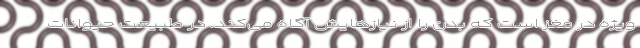
ویژه در مغز است که بدن را از نیازهایش آگاه می‌کند. در طبیعت حیوانات